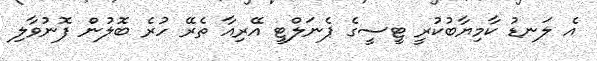
އެ ލަނޑު ކާމިޔާބުކުރީ ޓީސީގެ ޕެނަލްޓީ އޭރިއާ ތެރޭ ހުރެ ބޮލުން ފޮނުވާލި